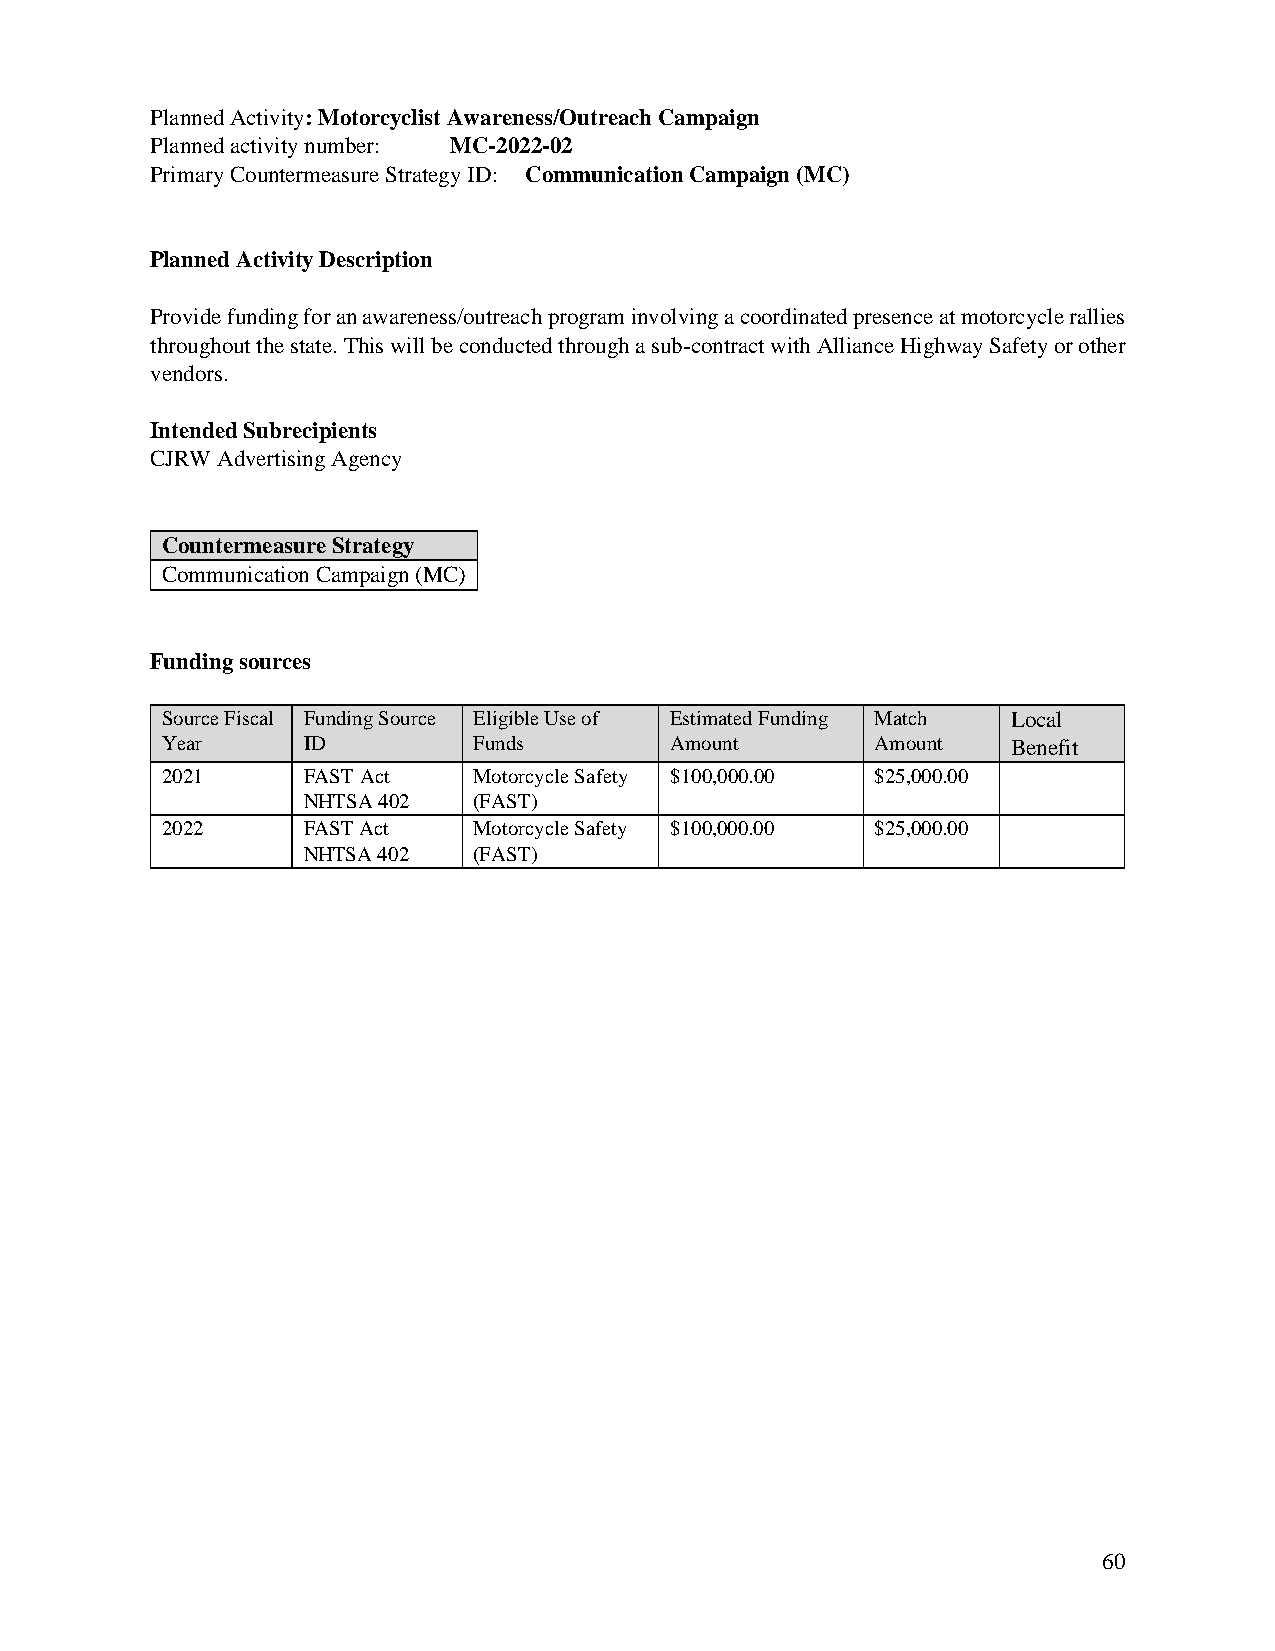
Planned Activity: Motorcyclist Awareness/Outreach Campaign
 Planned activity number: MC-2022-02
 Primary Countermeasure Strategy ID: Communication Campaign (MC)
 Planned Activity Description
 Provide funding for an awareness/outreach program involving a coordinated presence at motorcycle rallies
 throughout the state. This will be conducted through a sub-contract with Alliance Highway Safety or other
 vendors.
 Intended Subrecipients
 CJRW Advertising Agency
 Countermeasure Strategy
 Communication Campaign (MC)
 Funding sources
 Source Fiscal Funding Source Eligible Use of Estimated Funding Match Local
 Year     ID         Funds        Amount        Amount   Benefit
 2021     FAST Act   Motorcycle Safety $100,000.00 $25,000.00
 NHTSA 402  (FAST)
 2022     FAST Act   Motorcycle Safety $100,000.00 $25,000.00
 NHTSA 402  (FAST)
 60